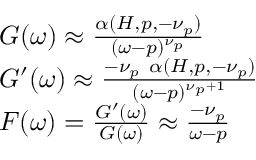
\begin{array} { r } { \begin{array} { r l } & { G ( \omega ) \approx \frac { \alpha ( H , p , - \nu _ { p } ) } { ( \omega - p ) ^ { \nu _ { p } } } } \\ & { G ^ { \prime } ( \omega ) \approx \frac { - \nu _ { p } ~ \alpha ( H , p , - \nu _ { p } ) } { ( \omega - p ) ^ { \nu _ { p } + 1 } } } \\ & { F ( \omega ) = \frac { G ^ { \prime } ( \omega ) } { G ( \omega ) } \approx \frac { - \nu _ { p } } { \omega - p } } \end{array} } \end{array}